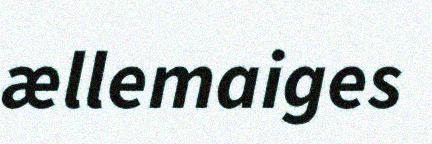
ællemaiges